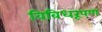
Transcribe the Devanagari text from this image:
विविधरूपण